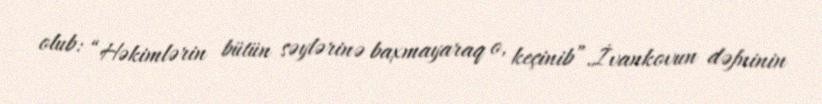
olub: “Həkimlərin bütün səylərinə baxmayaraq o, keçinib”.İvankovun dəfninin